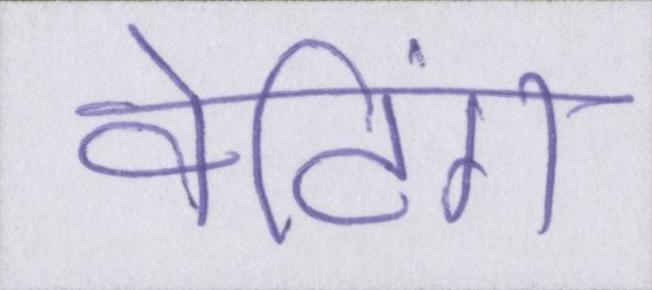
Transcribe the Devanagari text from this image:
वेटिंग